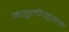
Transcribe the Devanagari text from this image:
मसूलीपट्टनम